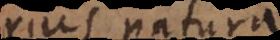
prius natura